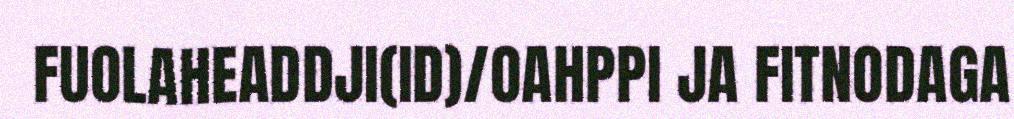
FUOLAHEADDJI(ID)/OAHPPI JA FITNODAGA